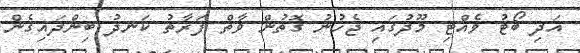
އަދި ބޯޓު ވެއްޓި މޫދުގައި ޖެހުނު ގޮތުން ވާތް ފަރާތު ކަނދު ބިންދައިގެން